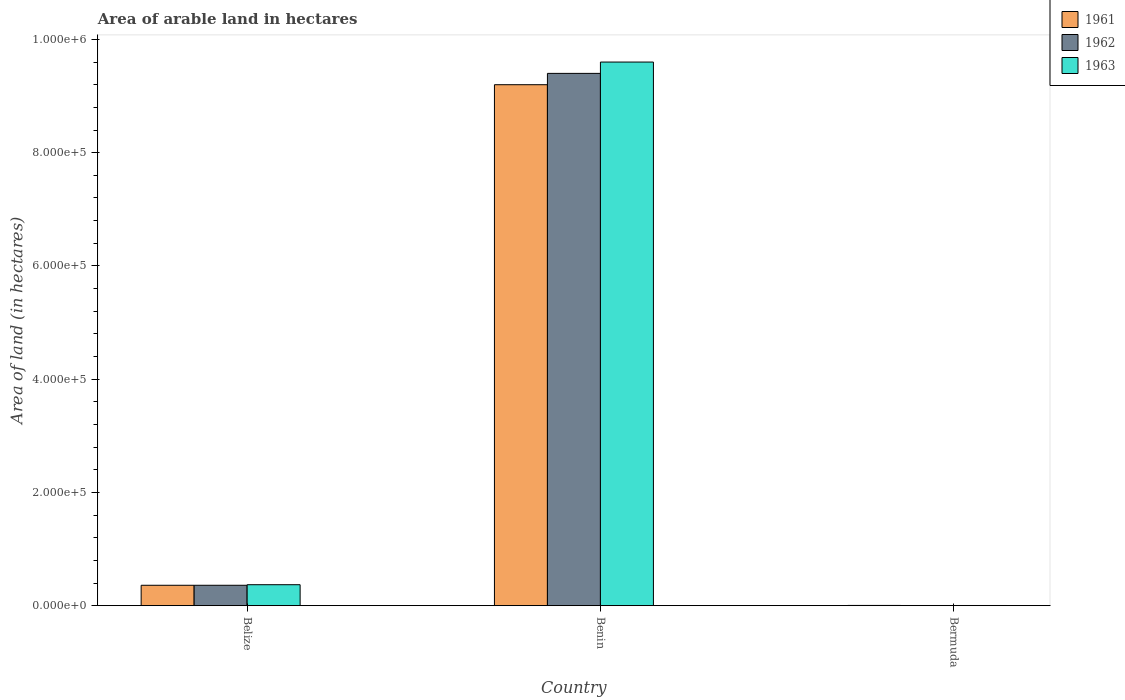
| Country | 1961 | 1962 | 1963 |
 | --- | --- | --- | --- |
 | Belize | 3.6e+04 | 3.6e+04 | 3.7e+04 |
 | Benin | 9.2e+05 | 9.4e+05 | 9.6e+05 |
 | Bermuda | 400 | 300 | 300 |